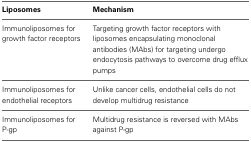
| Liposomes | Mechanism |
 | --- | --- |
 | Immunoliposomes for growth factor receptors | Targeting growth factor receptors with liposomes encapsulating monoclonal antibodies (MAbs) for targeting undergo endocytosis pathways to overcome drug efflux pumps |
 | Immunoliposomes for endothelial receptors | Unlike cancer cells, endothelial cells do not develop multidrug resistance |
 | Immunoliposomes for P-gp | Multidrug resistance is reversed with MAbs against P-gp |